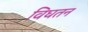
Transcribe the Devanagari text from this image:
विघतन